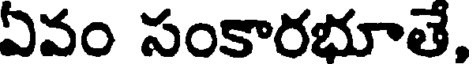
ఏవం సంకారభూతే,